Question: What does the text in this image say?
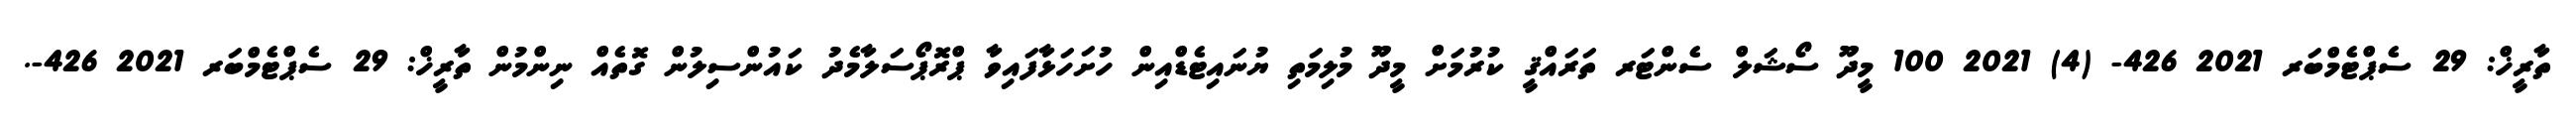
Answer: ތާރީޚް: 29 ސެޕްޓެމްބަރ 2021 426- (4) 2021 100 މީދޫ ސޯޝަލް ސެންޓަރ ތަރައްޤީ ކުރުމަށް މީދޫ މުލިމަތި ޔުނައިޓެޑްއިން ހުށަހަޅާފައިވާ ޕްރޮޕޯސަލާމެދު ކައުންސިލުން ގޮތެއް ނިންމުން ތާރީޚް: 29 ސެޕްޓެމްބަރ 2021 426-.